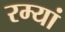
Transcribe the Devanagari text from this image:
रम्यां